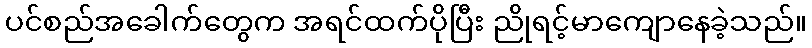
ပင်စည်အခေါက်တွေက အရင်ထက်ပိုပြီး ညိုရင့်မာကျောနေခဲ့သည်။